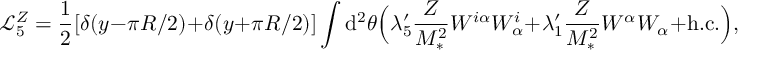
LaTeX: \mathcal { L } _ { 5 } ^ { Z } = \frac { 1 } { 2 } [ \delta ( y - \pi R / 2 ) + \delta ( y + \pi R / 2 ) ] \int { \mathrm { d } ^ { 2 } \theta } \Big ( \lambda _ { 5 } ^ { \prime } \frac { Z } { M _ { * } ^ { 2 } } W ^ { i \alpha } W _ { \alpha } ^ { i } + \lambda _ { 1 } ^ { \prime } \frac { Z } { M _ { * } ^ { 2 } } W ^ { \alpha } W _ { \alpha } + \mathrm { h . c . } \Big ) ,